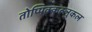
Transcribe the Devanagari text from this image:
तोप्पिक्कल्लुकल